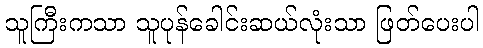
သူကြီးကသာ သူပုန်ခေါင်းဆယ်လုံးသာ ဖြတ်ပေးပါ